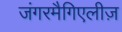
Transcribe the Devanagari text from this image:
जंगरमैगिएलीज़